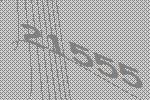
21555